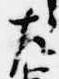
左